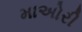
માઅોરી